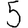
Digit: 5